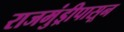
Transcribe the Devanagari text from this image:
राजमुंड्रीपासून